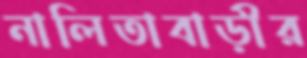
নালিতাবাড়ীর